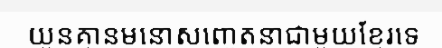
យួនគ្មានមនោសញ្ចេតនាជាមួយខ្មែរទេ